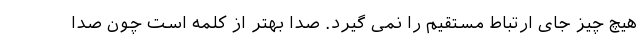
هیچ چیز جای ارتباط مستقیم را نمی گیرد. صدا بهتر از کلمه است چون صدا